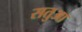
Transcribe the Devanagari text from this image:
सतुआ